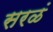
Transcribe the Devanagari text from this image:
सरळं